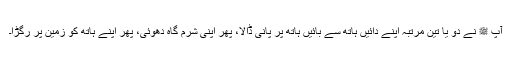
آپ ﷺ نے دو یا تین مرتبہ اپنے دائیں ہاتھ سے بائیں ہاتھ پر پانی ڈالا، پھر اپنی شرم گاہ دھوئی، پھر اپنے ہاتھ کو زمین پر رگڑا۔